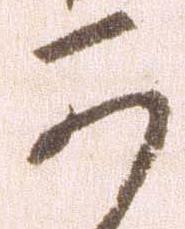
可